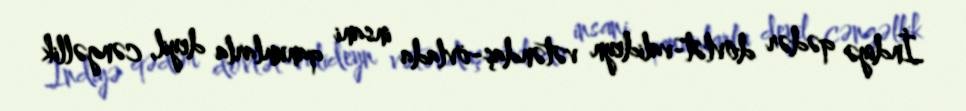
İndiyə qədər dövlət-valideyn vətəndaş-övlada insani qanunlarla deyil, cəngəllik